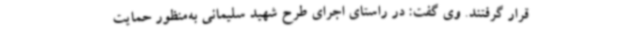
قرار گرفتند. وی گفت: در راستای اجرای طرح شهید سلیمانی به‌منظور حمایت